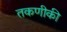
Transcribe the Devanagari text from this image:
तकणीकी